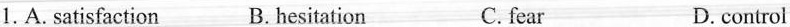
1.A.satisfaction B.hesitation C.fear D.control